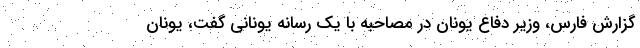
گزارش فارس، وزیر دفاع یونان در مصاحبه با یک رسانه یونانی گفت، یونان